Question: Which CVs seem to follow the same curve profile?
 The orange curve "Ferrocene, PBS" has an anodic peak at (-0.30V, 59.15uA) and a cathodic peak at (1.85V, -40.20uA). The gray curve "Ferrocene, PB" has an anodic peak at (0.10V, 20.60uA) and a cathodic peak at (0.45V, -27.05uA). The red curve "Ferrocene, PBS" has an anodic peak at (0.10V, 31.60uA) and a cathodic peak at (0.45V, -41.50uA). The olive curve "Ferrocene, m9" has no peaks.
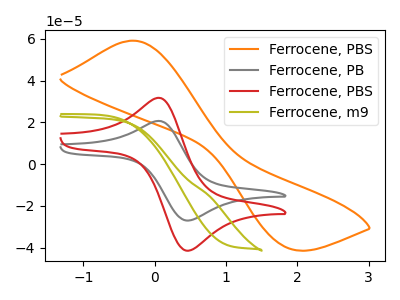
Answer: <think>"Ferrocene, PBS" and "Ferrocene, PB" have at least one peak that do not match. "Ferrocene, PBS" and "Ferrocene, PBS" have at least one peak that do not match. "Ferrocene, PBS" and "Ferrocene, m9" have a different number of peaks. All the peaks in "Ferrocene, PB" have a peak in "Ferrocene, PBS" at the same potential. Every peak in "Ferrocene, PB" is lower than every peak in "Ferrocene, PBS". "Ferrocene, PB" and "Ferrocene, m9" have a different number of peaks. "Ferrocene, PBS" and "Ferrocene, m9" have a different number of peaks.
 </think>
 <answer>"Ferrocene, PBS" and "Ferrocene, PB" have the same shape and are likely CV's of the same chemical.</answer>
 <eval>"Ferrocene, PBS" "Ferrocene, PB"</eval>